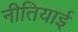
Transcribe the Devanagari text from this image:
नीतियाई